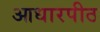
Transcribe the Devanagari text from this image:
आधारपीठ